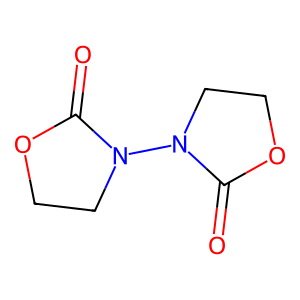
SMILES: O=C1OCCN1N1CCOC1=O
Inhibits HIV replication: No